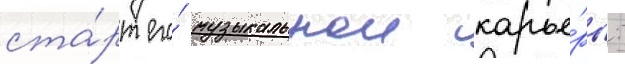
ста́рт его́ музыкальнои карье́ры: